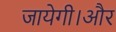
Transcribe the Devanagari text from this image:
जायेगी।और